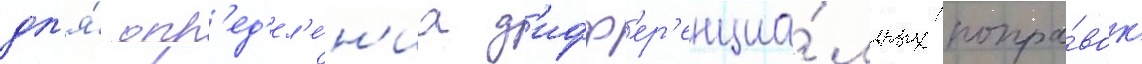
дл'я́ опр'ед'ел'е́н'иа д'ифф'ер'енциа́льных попра́вок